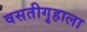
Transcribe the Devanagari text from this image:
वसतीगृहाला